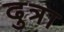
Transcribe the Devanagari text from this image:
दुत्रा